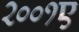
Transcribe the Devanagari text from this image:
२००१ए